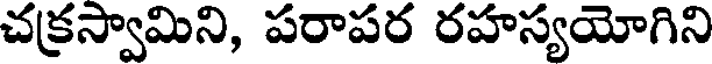
చక్రస్వామిని, పరాపర రహస్యయోగిని